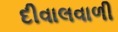
દીવાલવાળી